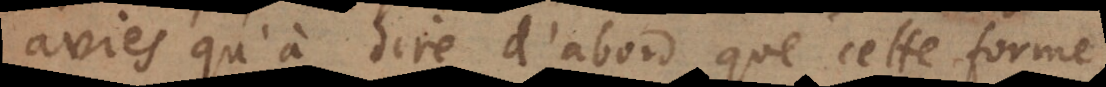
avies qu’à dire d’abord que cette forme